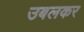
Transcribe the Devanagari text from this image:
उबलकर